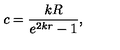
c = \frac { k R } { e ^ { 2 k r } - 1 } ,